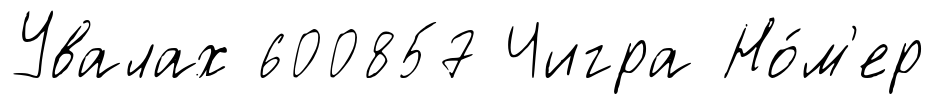
Увалах 600857 Чигра Но́м'ер